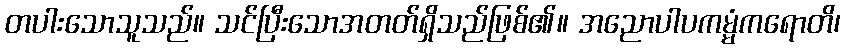
တပါးသောသူသည်။ သင်ပြီးသောအတတ်ရှိသည်ဖြစ်၏။ အညောပါပကမ္မံကရောတိ၊